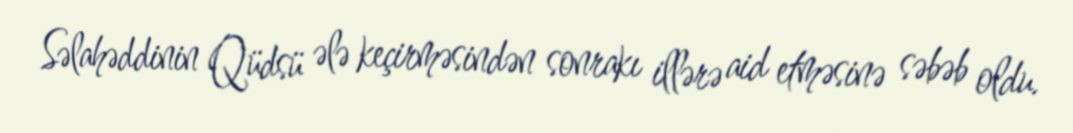
Səlahəddinin Qüdsü ələ keçirməsindən sonrakı illərə aid etməsinə səbəb oldu.